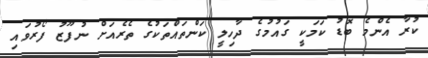
ކުރާ އެންމެ ބޮޑު ކަމަކީ ގައުމުގެ ދާހިލީ ކަންތައްތަކުގެ ތެރެއަށް ނުފޫޒު ފޯރުވައި